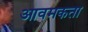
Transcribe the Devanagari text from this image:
आवमकता